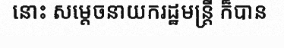
នោះ សម្តេចនាយករដ្ឋមន្ត្រី ក៏បាន